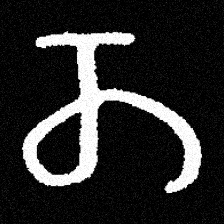
Pyu character \u2014 Myanmar letter: တ (romanized: ta)